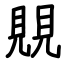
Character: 覞